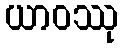
ယာဝဿု